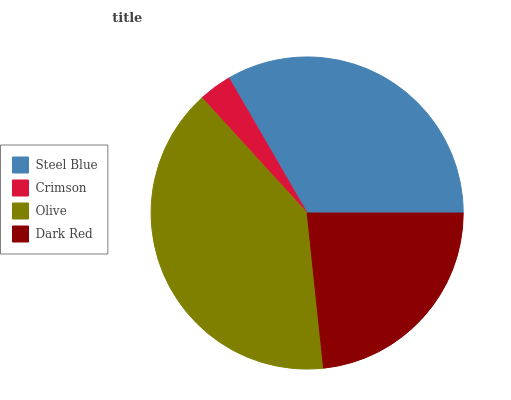
| Steel Blue | Crimson | Olive | Dark Red |
 | --- | --- | --- | --- |
 | 33.4% | 3.42% | 39.9% | 23.4% |